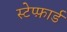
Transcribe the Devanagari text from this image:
स्टेप्फ़ार्ड